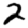
Digit: 2